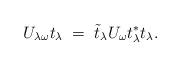
LaTeX: \begin{align*}U_{\lambda\omega}t_{\lambda}\;=\;\tilde{t}_{\lambda}U_{\omega}t_{\lambda}^*t_{\lambda}.\end{align*}